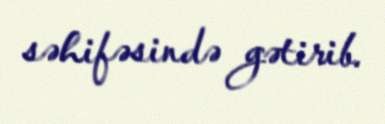
səhifəsində gətirib.